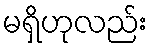
မရှိဟုလည်း